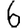
Digit: 6